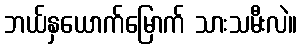
ဘယ်နှယောက်မြောက် သားသမီးလဲ။